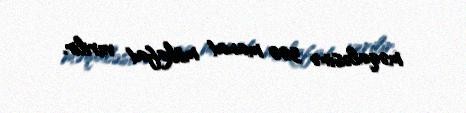
məqaləsinə 300 manat mükafat verilir.